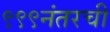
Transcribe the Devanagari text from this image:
९९९नंतरची